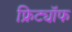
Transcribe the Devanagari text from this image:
फ्रिट्यॉफ